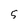
Character: 5